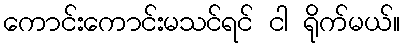
ကောင်းကောင်းမသင်ရင် ငါ ရိုက်မယ်။